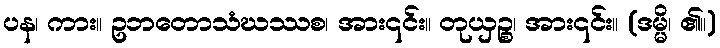
ပန၊ ကား။ ဥဘတောသံဃဿစ၊ အား၎င်း။ တုယှဉ္စ၊ အား၎င်း။ (ဒမ္မိ၊ ၏။)